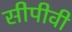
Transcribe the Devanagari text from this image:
सीपीवी